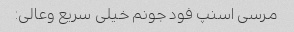
مرسی اسنپ فود جونم خیلی سریع وعالی: